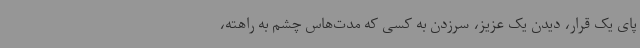
پای یک قرار، دیدن یک عزیز، سرزدن به کسی که مدت‌هاس چشم به راهته،